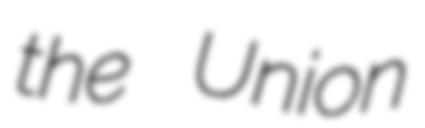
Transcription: the Union